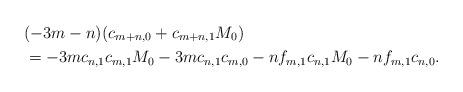
LaTeX: \begin{align*}&(-3m-n)(c_{m+n,0}+c_{m+n,1}M_0)\\&=-3mc_{n,1}c_{m,1}M_0-3mc_{n,1}c_{m,0}-nf_{m,1}c_{n,1}M_0-nf_{m,1}c_{n,0}.\end{align*}